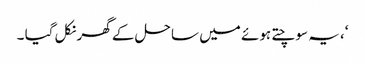
‘، یہ سوچتے ہوئے میں ساحل کے گھر نکل گیا ۔